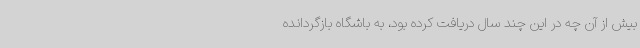
بیش از آن چه در این چند سال دریافت کرده بود، به باشگاه بازگردانده